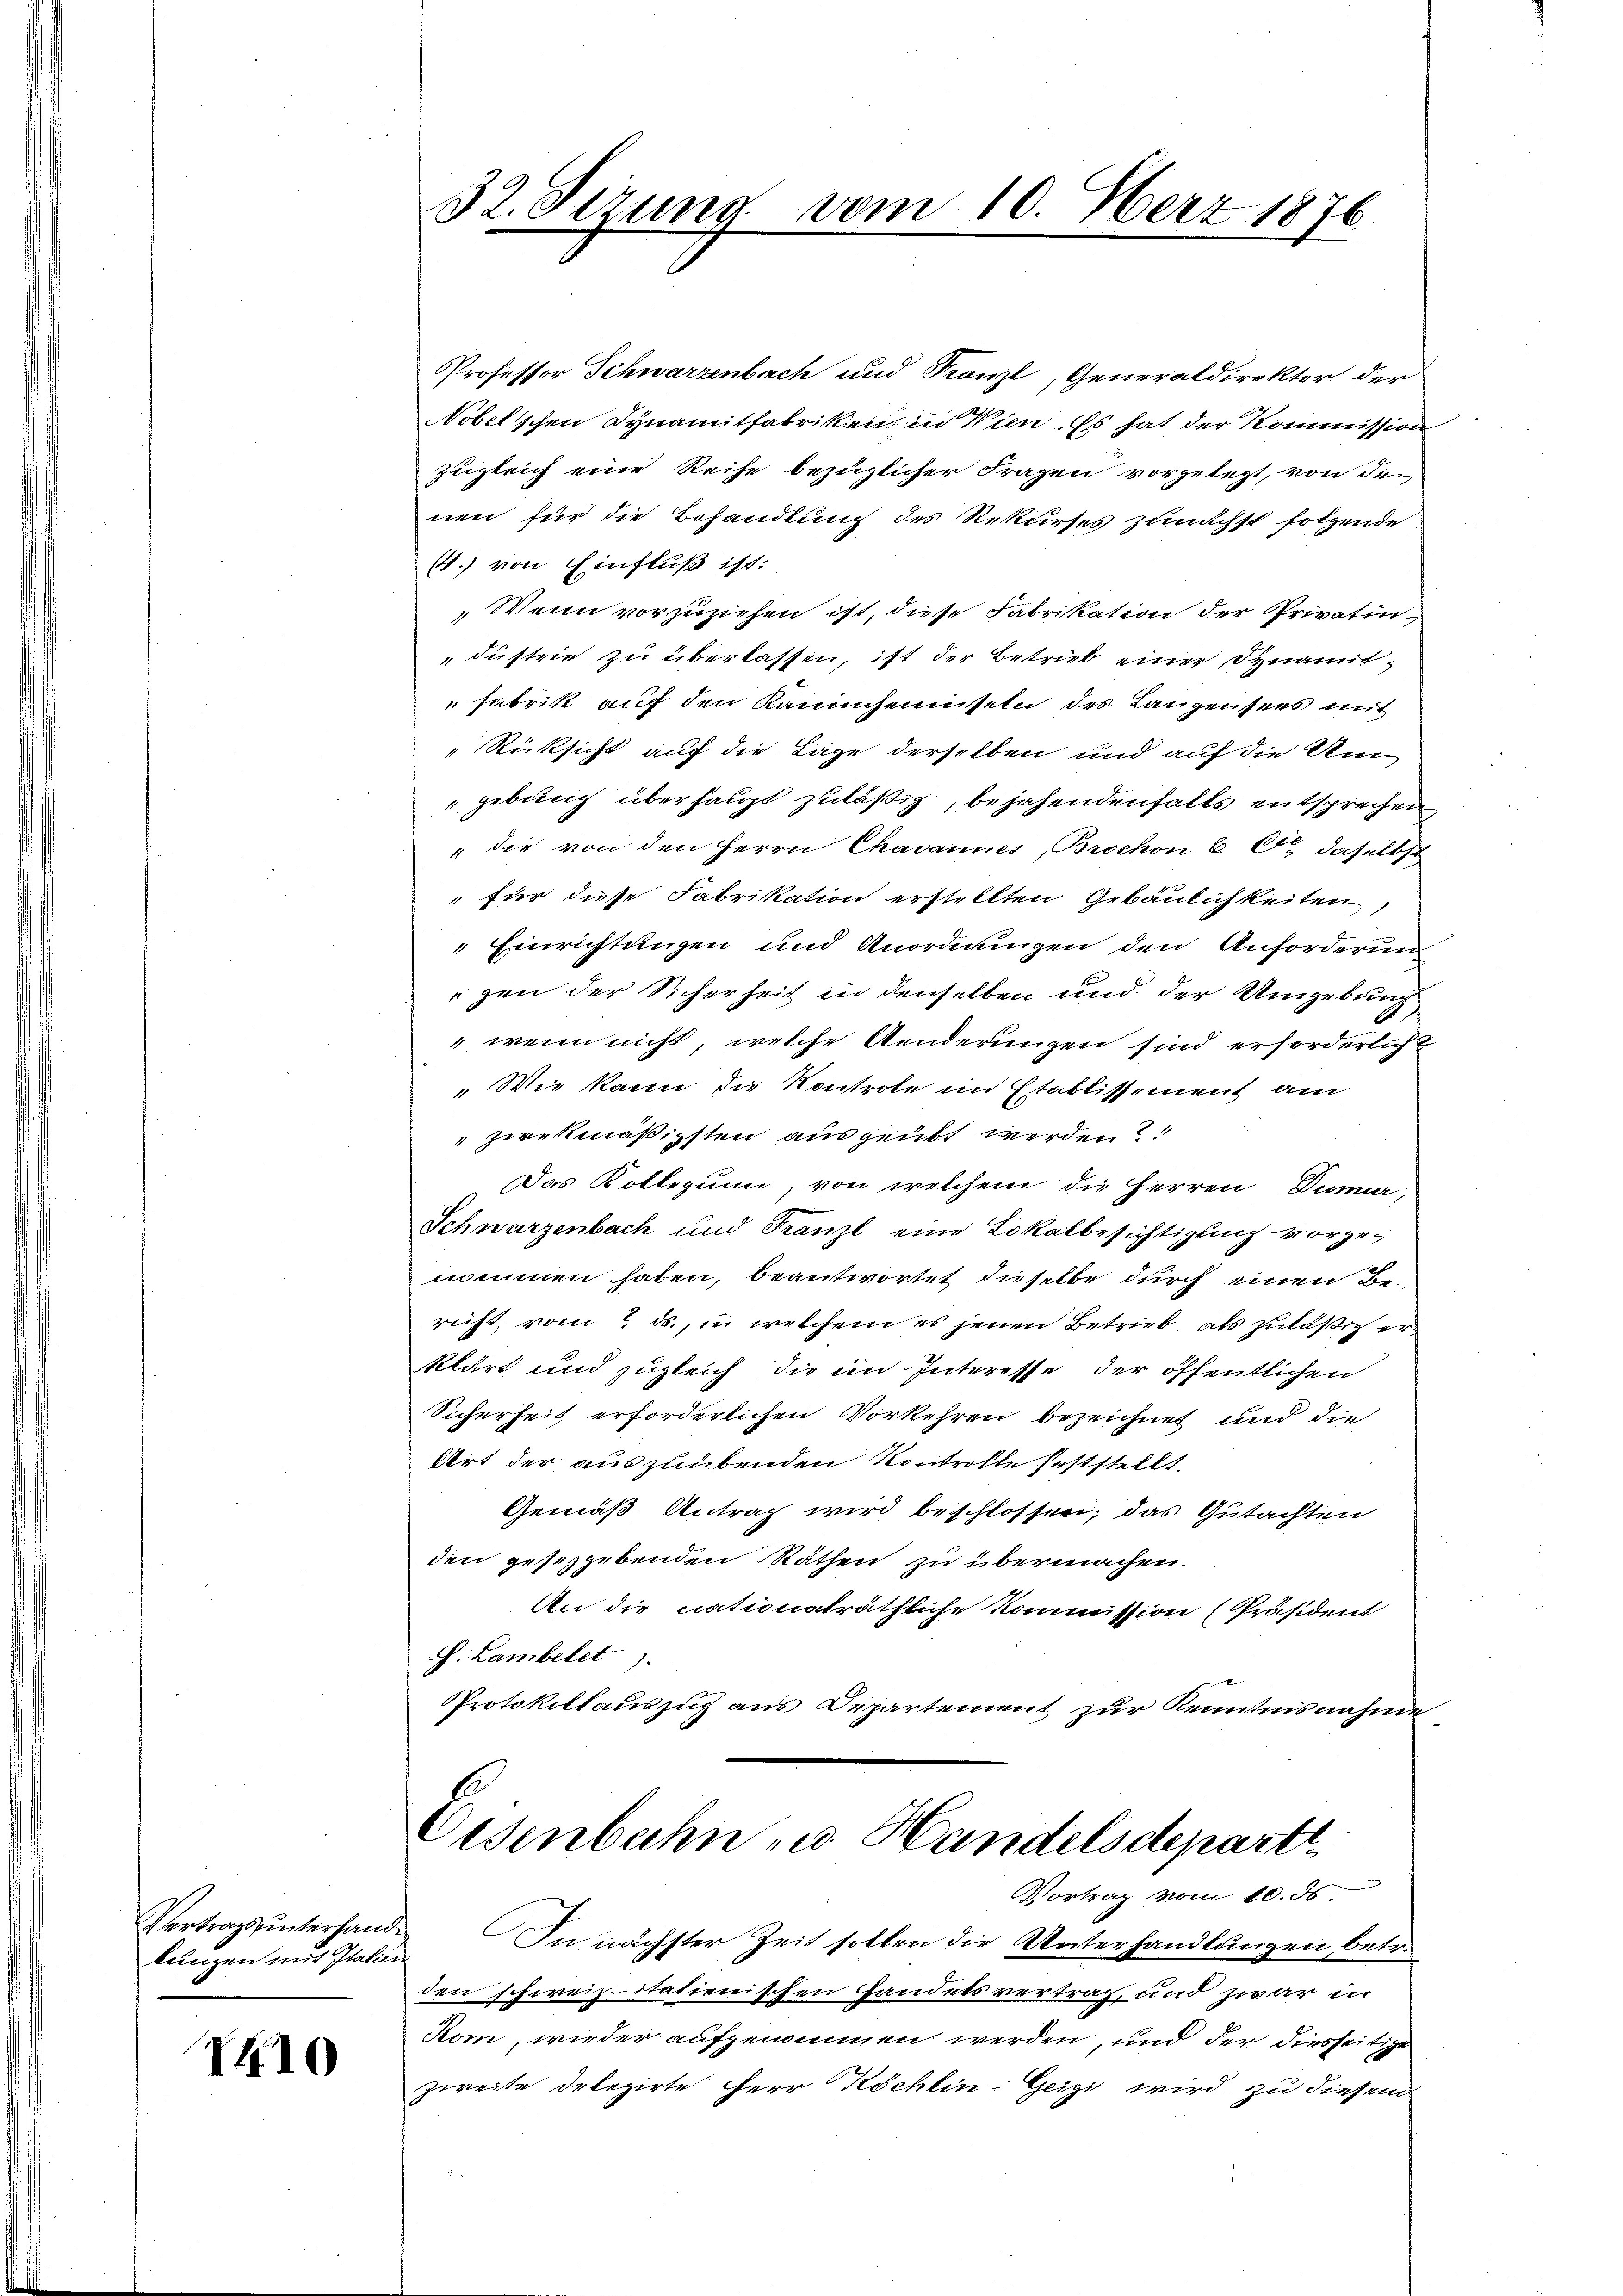
Vertragsunterhandkungen mit Italie

I410

32. Sizung vom 10. März 1876.

Professor Schwarzenbach und Franzl, Generaldirektor der
Nobelschen Synamitfabriken in Wien. Es hat der Kommission
zugleich eine Reihe bezüglicher Fragen vorgelegt, von den
nen für die Behandlung des Rekurses zunächst folgende
(4.) von Einfluß ist:
Wenn vorzuziehen ist, diese Fabrikation der Privatin
düstrie zu überlassen, ist der Betrieb einer Dynamit¬
Fabrik auf den Kaninchemniseln des Lanzensees mit
Rücksicht auf die Lage derselben und auf die Um
gebung überhaupt zuläßig, bejahendenfalls entsprechen
" die von den Herrn Chavannes, Brochon 6 O daselbst
 für diese Fabrikation erstellten Gebäulichkeiten,
" Einrichtungen und Anordnungen den Anfordernen
egen der Sicherheit in denselben und der Umgebung
wenn nicht, welche Aenderungen sind erforderlich
" Wie kann die Kontrole im Etablissement am
zwekmäßigsten ausgeübt werden?!
Das Kollegium, von welchem die Herren Dumur,
Schwarzenbach und Franzl eine Lokalbesichtigung vorgenommen haben, beantwortet dieselbe durch einen Bericht vom 7. ds., in welchem es jenen Betrieb, als zuläßig er
klärt und zugleich die im Interesse der öffentlichen
Sicherheit erforderlichen Vorkehren bezeichnet und die
Art der auszuübenden Kontrolle feststellt.
Gemäß Antrag wird beschlossen; das Gutachten
den gesetzgebenden Räthen zu übermachen.
An die nationaträthliche Kommission (Präsident
J. Lambelet).
Protokollauszug aus Departement zur Kenntnisnahme
Osenbahn u. Handelsdeparte
Vortrag vom 10. ds.
In nächster Zeit sollen die Unterhandlungen, betr.
den schweizitatienischen Handetsvertrag, und zwar in
Kom, wieder aufgenommen werden, und der diesseitige
zweite delegirte Herr Köchlin-Geizi wird zu diesem